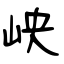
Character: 岟